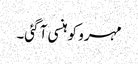
مہرو کو ہنسی آ گئی۔